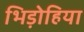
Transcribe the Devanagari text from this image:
भिड़ोहिया